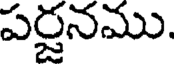
పర్జనము.